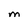
Character: m